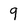
Character: 9